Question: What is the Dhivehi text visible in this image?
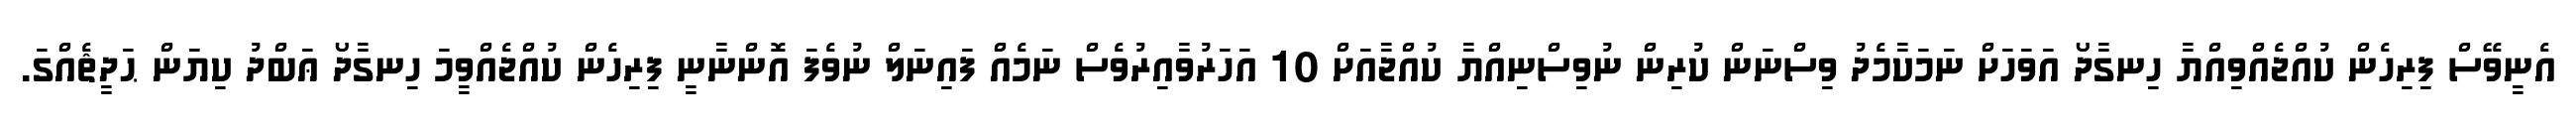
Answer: އެނީވޭސް ފިރިހެން ކުއްޖެއްވިއްޔާ ހިނގާދޯ އަވަހަށް ނަމަކާމެދު ވިސްނަން ކުރިން ނުވިސްނިއްޔާ ކުއްޖާއަށް 10 އަހަރުވާއިރުވެސް ނަމެއް ފައިނަލް ނުވެފަ އޮންނާނީ ފިރިހެން ކުއްޖެއްވީމަ ހިނގާދޯ ޢަބްދު ކިޔަން ޙަދީޘެއްގަ.